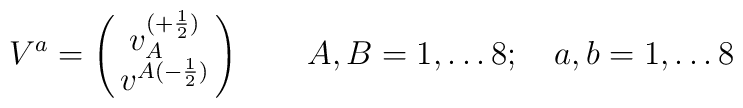
V^a=\begin{pmatrix}{v_A^{(+\frac{1}{2})}\cr v^{A(-\frac{1}{2})}}\end{pmatrix}\quad\quad A,B=1,\dots 8;\quad a,b=1,\dots 8